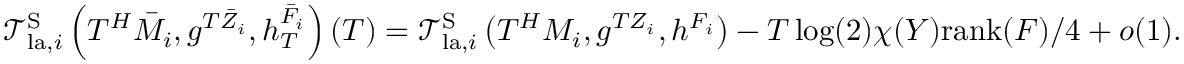
\mathcal { T } _ { \mathrm { l a } , i } ^ { \mathrm { S } } \left( T ^ { H } \bar { M } _ { i } , g ^ { T { \bar { Z } } _ { i } } , h _ { T } ^ { \bar { F } _ { i } } \right) ( T ) = \mathcal { T } _ { \mathrm { l a } , i } ^ { \mathrm { S } } \left( T ^ { H } M _ { i } , g ^ { T Z _ { i } } , h ^ { F _ { i } } \right) - T \log ( 2 ) \chi ( Y ) \mathrm { r a n k } ( F ) / 4 + o ( 1 ) .